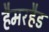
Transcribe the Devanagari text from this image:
हैमरहैड